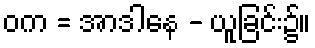
ဝက = အာဒါနေ - ယူခြင်း၌။